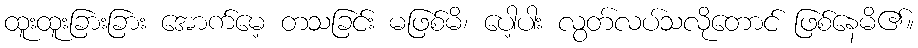
ထူးထူးခြားခြား အောက်မေ့ တသခြင်း မဖြစ်မိ၊ ပေါ့ပါး လွတ်လပ်သလိုတောင် ဖြစ်နေမိ၏။